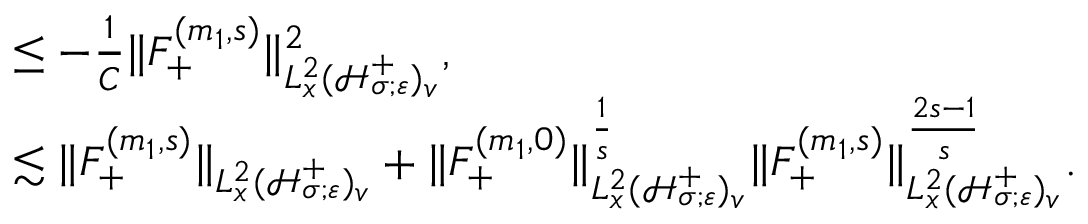
\begin{array} { r l } & { \leq - \frac { 1 } { C } \| F _ { + } ^ { ( m _ { 1 } , s ) } \| _ { L _ { x } ^ { 2 } ( \mathcal H _ { \sigma ; \varepsilon } ^ { + } ) _ { v } } ^ { 2 } , } \\ & { \lesssim \| F _ { + } ^ { ( m _ { 1 } , s ) } \| _ { L _ { x } ^ { 2 } ( \mathcal H _ { \sigma ; \varepsilon } ^ { + } ) _ { v } } + \| F _ { + } ^ { ( m _ { 1 } , 0 ) } \| _ { L _ { x } ^ { 2 } ( \mathcal H _ { \sigma ; \varepsilon } ^ { + } ) _ { v } } ^ { \frac { 1 } { s } } \| F _ { + } ^ { ( m _ { 1 } , s ) } \| _ { L _ { x } ^ { 2 } ( \mathcal H _ { \sigma ; \varepsilon } ^ { + } ) _ { v } } ^ { \frac { 2 s - 1 } { s } } . } \end{array}